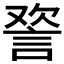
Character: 𰴸